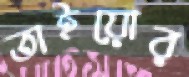
তাইয়োর